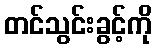
တင်သွင်းခွင့်ကို